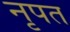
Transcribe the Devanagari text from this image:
नृपत